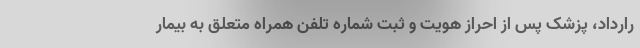
رارداد، پزشک پس از احراز هویت و ثبت شماره تلفن همراه متعلق به بیمار